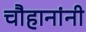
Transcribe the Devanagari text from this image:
चाैहानांनी